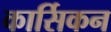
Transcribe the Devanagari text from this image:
कार्सिकन